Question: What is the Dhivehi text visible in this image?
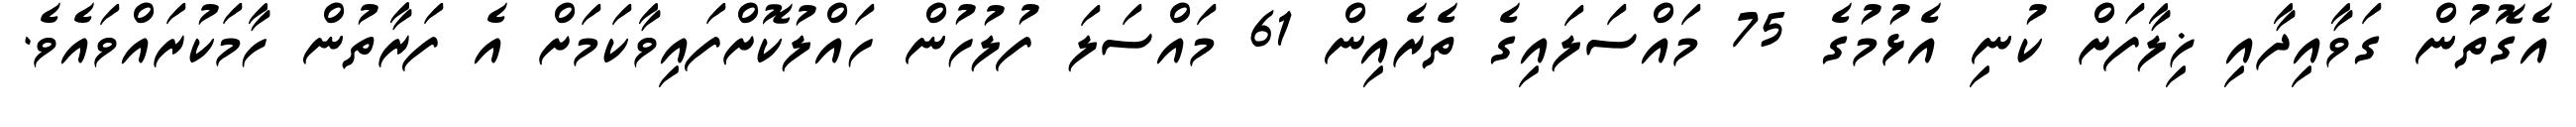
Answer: އެގޮތުން ގަވާއިދާއި ޚިލާފަށް ކުނި އެޅުމުގެ 75 މައްސަލައިގެ ތެރެއިން 61 މައްސަލަ ފުލުހުން ހައްލުކޮށްފައިވާކަމަށް އެ ފަރާތުން ހާމަކުރައްވައެވެ.